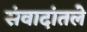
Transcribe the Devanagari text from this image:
संवादांतले